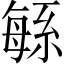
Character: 緐